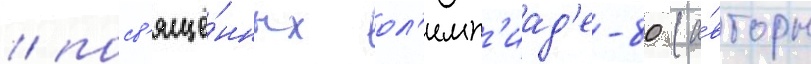
/ посв'ящё́нных ол'имп'иад'е-80 (а́вторы